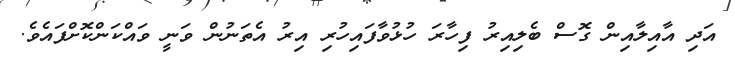
އަދި އާއިލާއިން ގޮސް ބެލިއިރު ފިހާރަ ހުޅުވާފައިހުރި އިރު އެތަނުން ވަނީ ވައްކަންކޮށްފައެވެ.